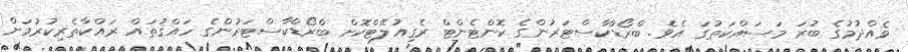
ވެއްދުމުގެ ބުރަ މަސައްކަތުގަ އެވެ. ބްރޯޑްކާސްޓަރުންގެ ކޮންޓެންޓް ރެގިއުލޭޓްކޮށް ބްރޯޑްކާސްޓަރުންގެ ހައްޤުތައް ރައްކާތެރިކުރުމަށް